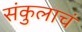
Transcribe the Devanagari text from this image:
संकुलाचं